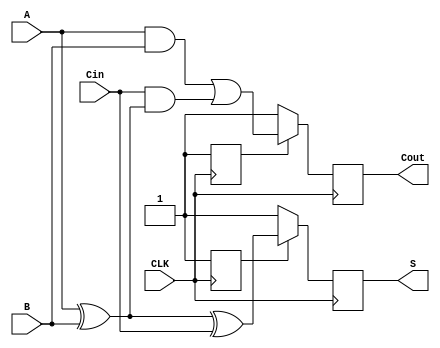
module dynamic_full_adder (
    input wire A,      // First significant bit
    input wire B,      // Second significant bit
    input wire Cin,    // Carry-in bit
    input wire CLK,    // Clock signal
    output reg S,      // Sum output
    output reg Cout    // Carry-out output
);

    reg precharge_S;   // Intermediate signal for precharged sum
    reg precharge_Cout; // Intermediate signal for precharged carry out

    always @(posedge CLK) begin
        // Evaluate phase
        S <= precharge_S ? (A ^ B ^ Cin) : 1'b1;  // Evaluate sum
        Cout <= precharge_Cout ? ((A & B) | (Cin & (A ^ B))) : 1'b1; // Evaluate carry out
    end

    always @(negedge CLK) begin
        // Precharge phase
        precharge_S <= 1'b1;           // Precharge sum to 1
        precharge_Cout <= 1'b1;        // Precharge carry out to 1
    end
endmodule